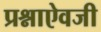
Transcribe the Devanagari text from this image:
प्रश्नाऐवजी